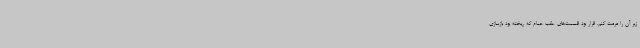
زیر آن را مرمت کنم. قرار بود قسمت‌های عقب حمام که ریخته بود بازسازی